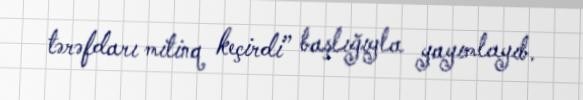
tərəfdarı mitinq keçirdi” başlığıyla yayımlayıb.